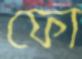
ফো